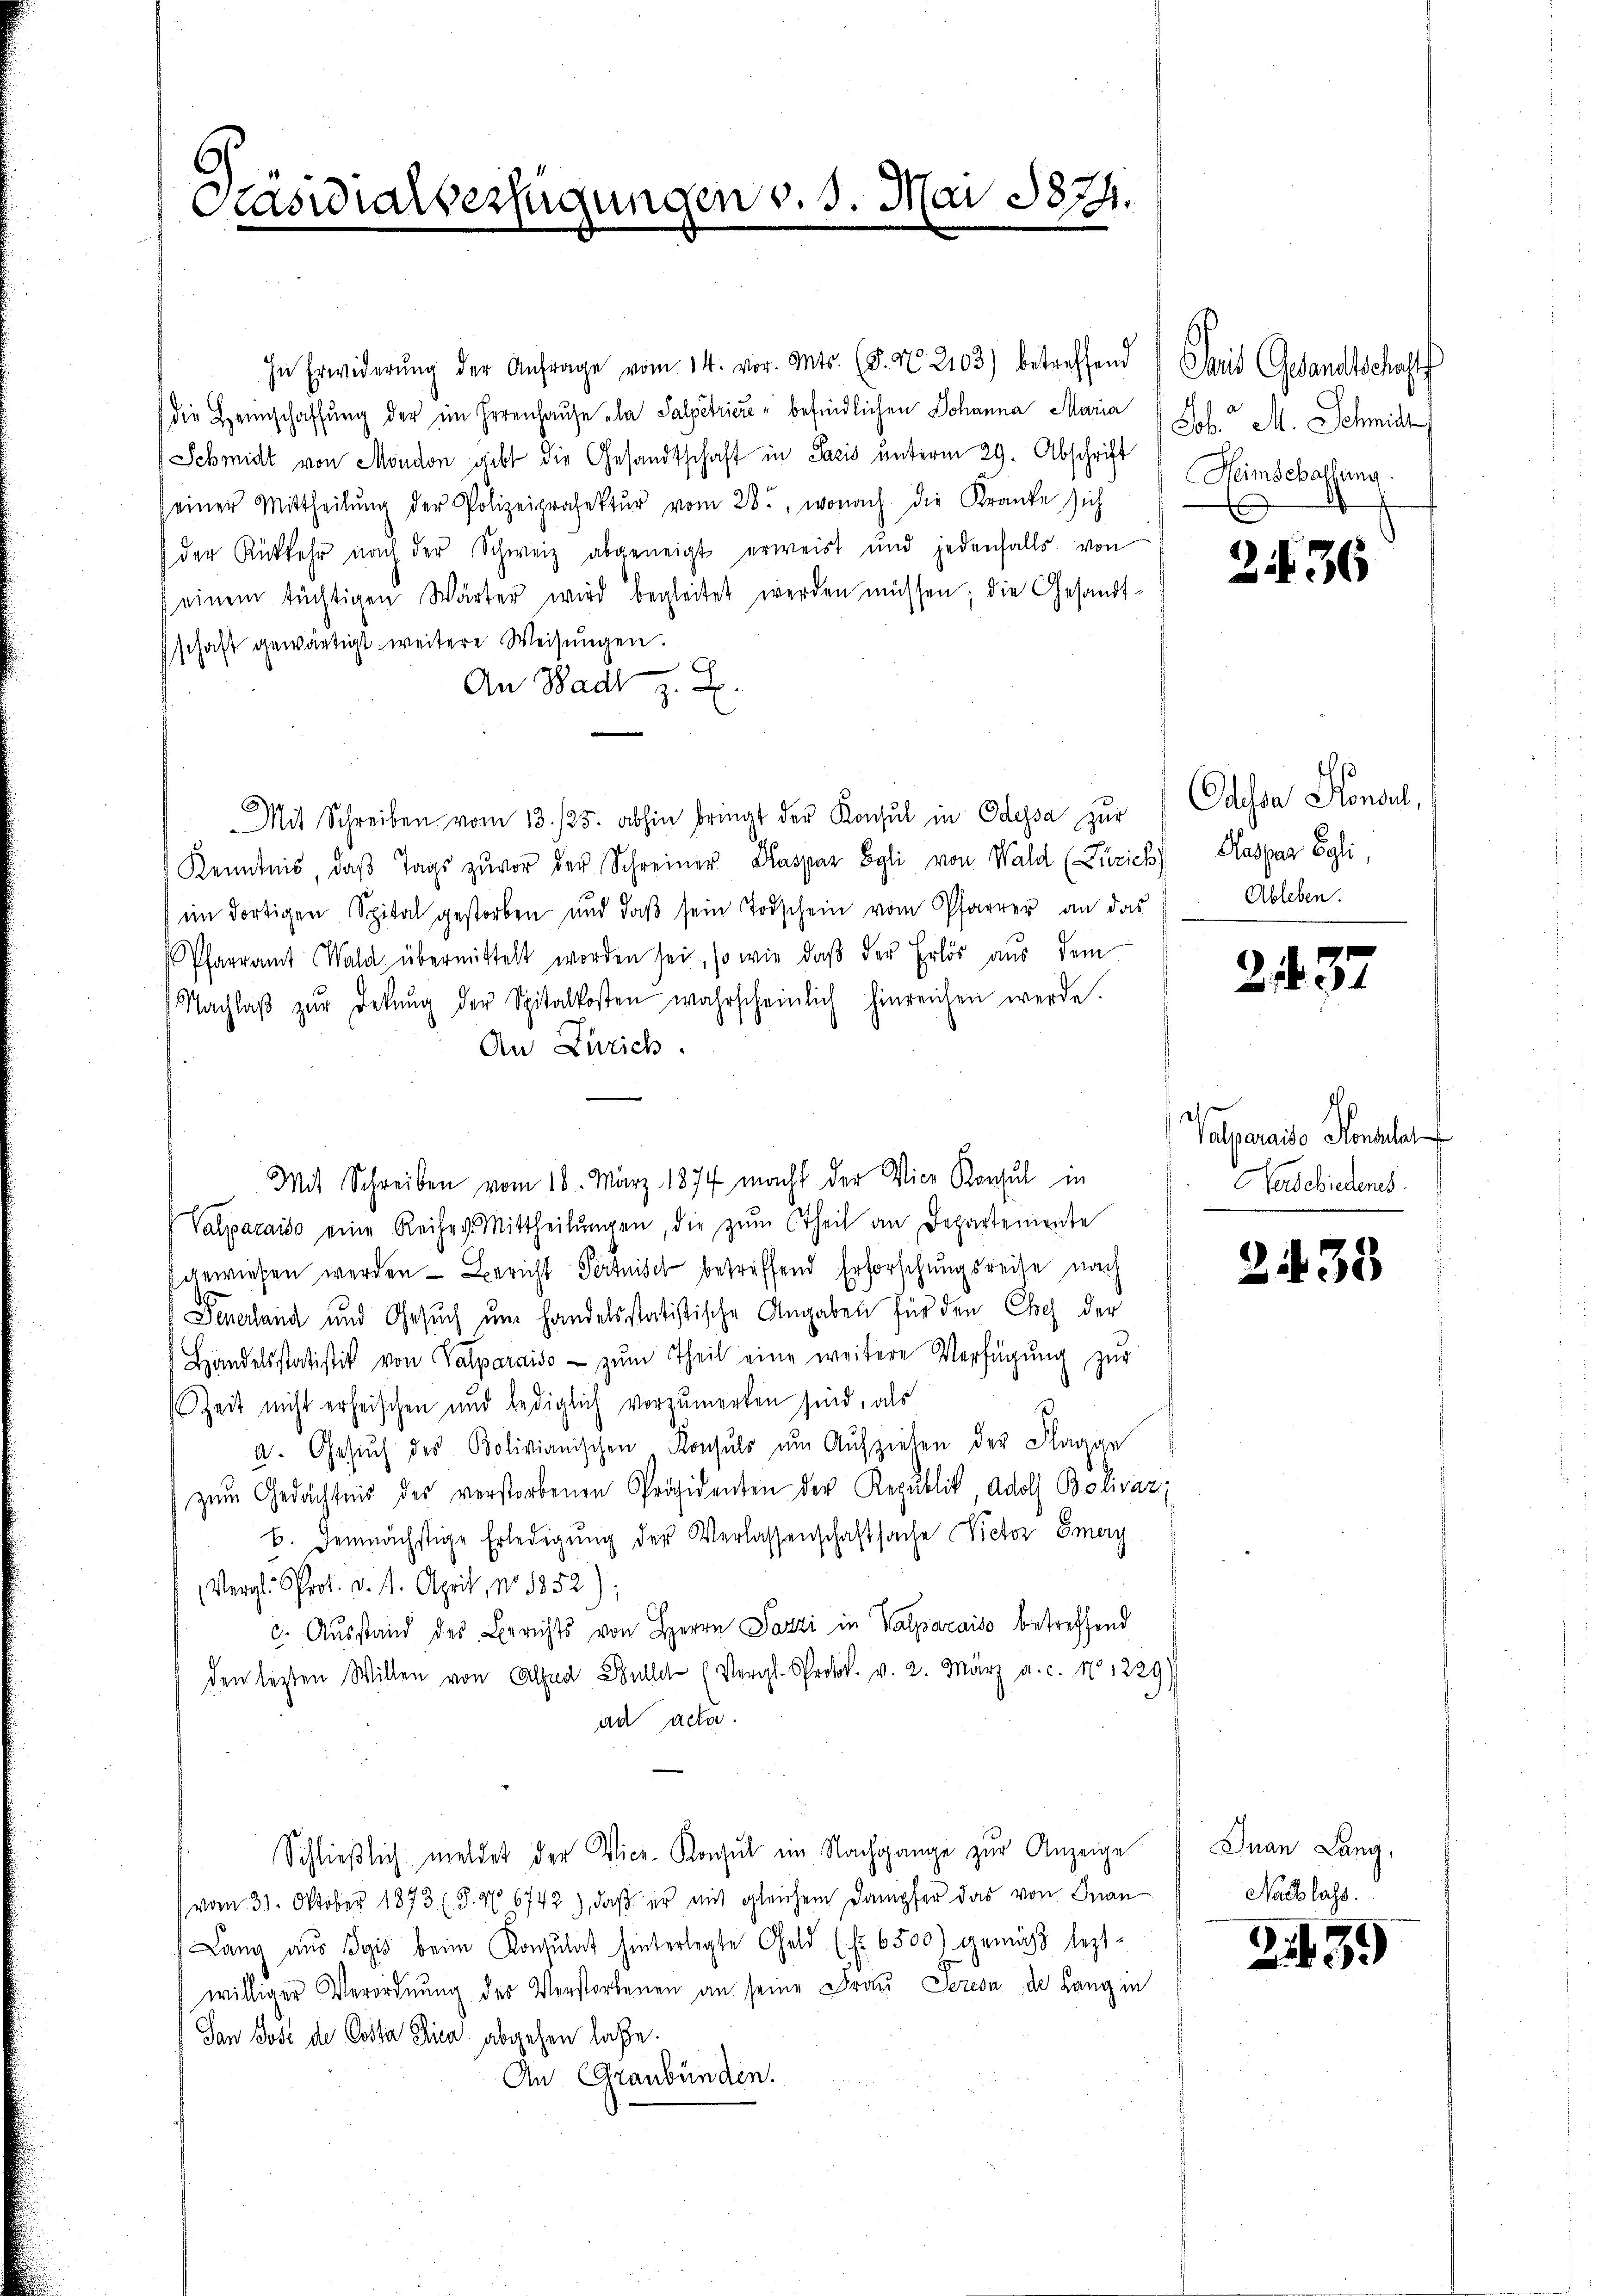
Präsidialverfügungen v. 3. Mai 1874.

die Heimschaffung der im Herenhause la Salpetrier" befindlichen Johanna Maria
Schmidt von Moudon gibt die Gesandtschaft in Pacis unterm 29. Abschrift
seiner Mittheilŭng der Polizeiprasektŭr vom 28., wonach die Kranke sich
der Rückkehr nach der Schweiz abgeneigt erweist und jedenfalls von
einem tüchtigen Wärter wird begleitet werden müssen; die Gesandt-
schaft gewärtigt weitere Weisŭngen.
An Bad
Mit Schreiben vom 13./25. abhin bringt der Konsul in Odessa zur Odessa Konsul,
Kenntnis, daβ Tags zuvor der Schreiner Kaspar Egli von Wald (Zürich)
im dortigen Spital gestorben und daβ sein Todschein vom Pfarrer an das
Pfarramt Wald übermittelt worden sei, so wie daβ der Erlös aŭs dem
Nachlaβ zŭr Dekŭng der Spitalkosten wahrscheinlich hinreichen werde.
An Zürich.
Mit Schreiben vom 18. März 1877 macht der Vice Konsul in
Valparaiso eine Reiher Mittheilŭngen, die zŭm (theil an Departemente
gewiesen werden Bericht Pertise betreffend Erforschungsreise nach
Feuerland und Gesuch um handelsstatistische Angaben für den Chef der
Handelsstatistik von Valparaiso zŭm Theil eine weitere Verfügŭng zŭr
Zeit nicht erheischen und lediglich vorzumerken sind, als
a. Gesŭch des Bolivianischen Konsuls ŭm Aŭfziehen der Flagge
zŭm Gedächtnis des verstorbenen Präsidenten der Republik, Adolf Bolivaz;
b. demnächstige Erledigŭng der Verlassenschaftsache Victor Emery
Vergl. Prot. d. 11. April, No 1352):
c. Ausstand des Berichts von Herrn Pazzi in Valparaiso betreffend
den letzten Willen von Alina Buller (Vergl. Protok. v. 2. März a. c. 41229)
ad acta.
Schließlich meldet der Vice-Konsul im Nachgange zur Anzeige
(vom 31. Oktober 1873 (S. 46742), daß er mit gleichem Dampfer das von Inan
Lang aus Pyis beim Konsulat hinterlegte Geld (Nr. 6500) gemäß lezt
williger Verordnung des Verstorbenen an seine Frau Seresa de Lang in
Jan Bosé de Costa Pica abgehen laße.
An Graubünden.

In Erwiderŭng der Anfrage vom 14. vor. Mts. (§. Nr. 2103) betreffend Paris Gesandtschafts

Lob. M. Schmidt
Heimschaffung
1
A

2436

Kaspar Egli,
Ableben.

237

Velveraite Konsulat
Naschiedens
.

2433

Inan Lang,
Nachlass.

2439